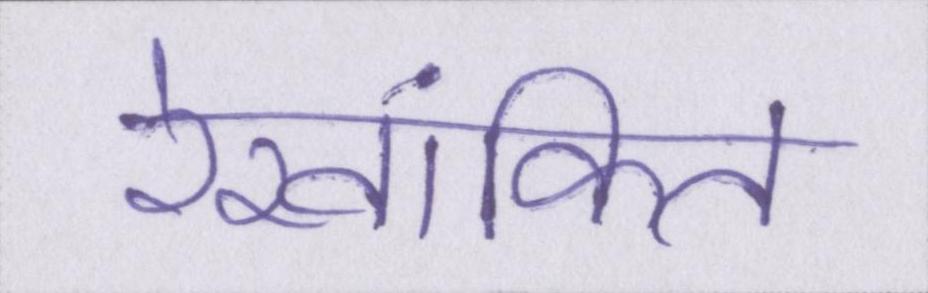
रेखांकित